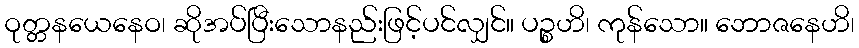
ဝုတ္တနယေနေဝ၊ ဆိုအပ်ပြီးသောနည်းဖြင့်ပင်လျှင်။ ပဉ္စဟိ၊ ကုန်သော။ ဘောဇနေဟိ၊